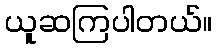
ယူဆကြပါတယ်။